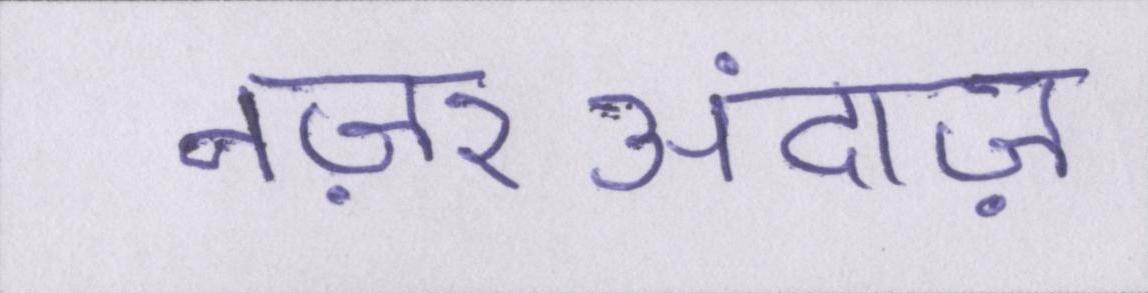
नज़रअंदाज़